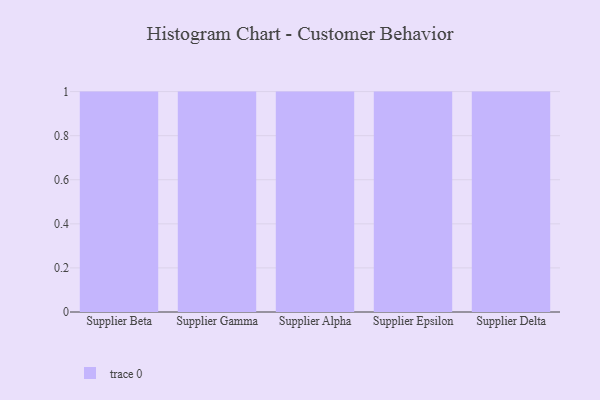
{"axis": {"x": "Supplier", "y": "Tickets Resolved"}, "legend": [""], "data": [{"x": "Supplier Beta", "y": 15, "type": ""}, {"x": "Supplier Gamma", "y": 17, "type": ""}, {"x": "Supplier Alpha", "y": 81, "type": ""}, {"x": "Supplier Epsilon", "y": 7, "type": ""}, {"x": "Supplier Delta", "y": 50, "type": ""}]}